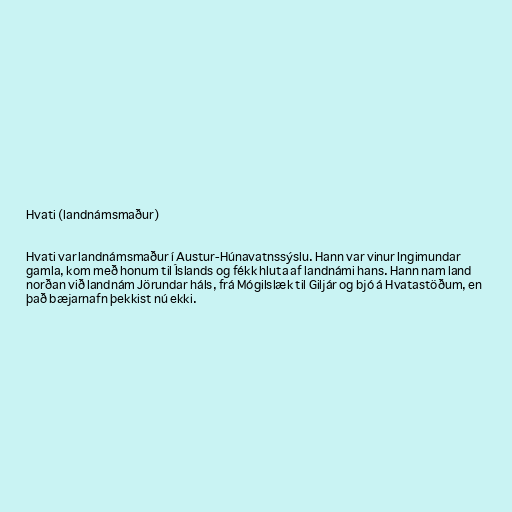
Hvati (landnámsmaður)

Hvati var landnámsmaður í Austur-Húnavatnssýslu. Hann var vinur Ingimundar
gamla, kom með honum til Íslands og fékk hluta af landnámi hans. Hann nam land
norðan við landnám Jörundar háls, frá Mógilslæk til Giljár og bjó á Hvatastöðum, en
það bæjarnafn þekkist nú ekki.